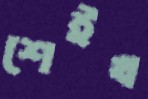
শেইখ